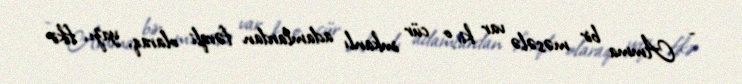
- Amma bir məsələ var ki, o cür imkanlı adamlardan fərqli olaraq, yazı, fikir